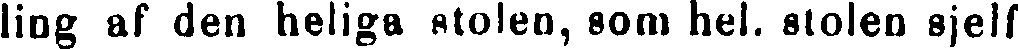
ling af den heliga stolen, som hel. stolen sjelf